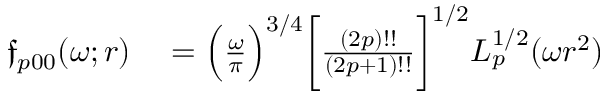
\begin{array} { r l } { \mathfrak { f } _ { p 0 0 } ( \omega ; r ) } & { { } = \Bigl ( \frac { \omega } { \pi } \Bigr ) ^ { 3 / 4 } \biggl [ \frac { ( 2 p ) ! ! } { ( 2 p + 1 ) ! ! } \biggr ] ^ { 1 / 2 } L _ { p } ^ { 1 / 2 } ( \omega r ^ { 2 } ) } \end{array}